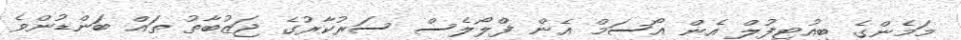
މަމެންގެ ބިއުޓިފުލް އެން އޯސަމް އެން ފްލޯލެސް ސަރުކާރުގެ ޖަޒުބާތު ތައް ބަންޑުންވެ